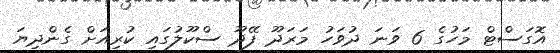
އޮގަސްޓް މަހުގެ 6 ވަނަ ދުވަހު މަރަދޫ ފޭދޫ ސްކޫލުގައި ކުރިއަށް ގެންދިޔަ